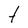
Character: t